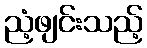
ညံ့ဖျင်းသည့်